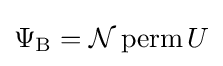
\Psi _{\rm {B}}={\mathcal {N}}\operatorname {perm} U